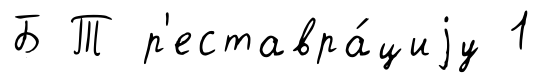
Б Т р'еставра́циjу 1